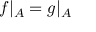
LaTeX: f | _ { A } = g | _ { A }